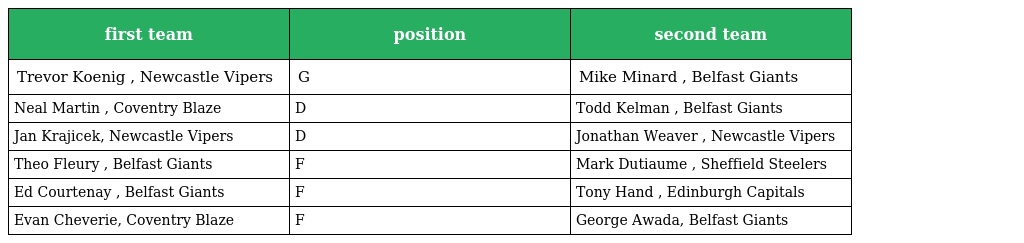
| first team | position | second team |
 | --- | --- | --- |
 | Trevor Koenig , Newcastle Vipers | G | Mike Minard , Belfast Giants |
 | Neal Martin , Coventry Blaze | D | Todd Kelman , Belfast Giants |
 | Jan Krajicek, Newcastle Vipers | D | Jonathan Weaver , Newcastle Vipers |
 | Theo Fleury , Belfast Giants | F | Mark Dutiaume , Sheffield Steelers |
 | Ed Courtenay , Belfast Giants | F | Tony Hand , Edinburgh Capitals |
 | Evan Cheverie, Coventry Blaze | F | George Awada, Belfast Giants |